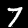
Label: 7